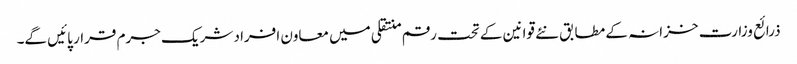
ذرائع وزارت خزانہ کے مطابق نئے قوانین کے تحت رقم منتقلی میں معاون افراد شریک جرم قرار پائیں گے۔